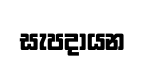
සැපදායන